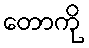
တောကို